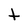
Character: t